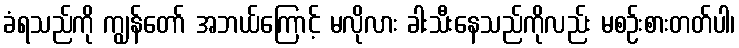
ခံရသည်ကို ကျွန်တော် အဘယ်ကြောင့် မလိုလား ခါးသီးနေသည်ကိုလည်း မစဉ်းစားတတ်ပါ၊